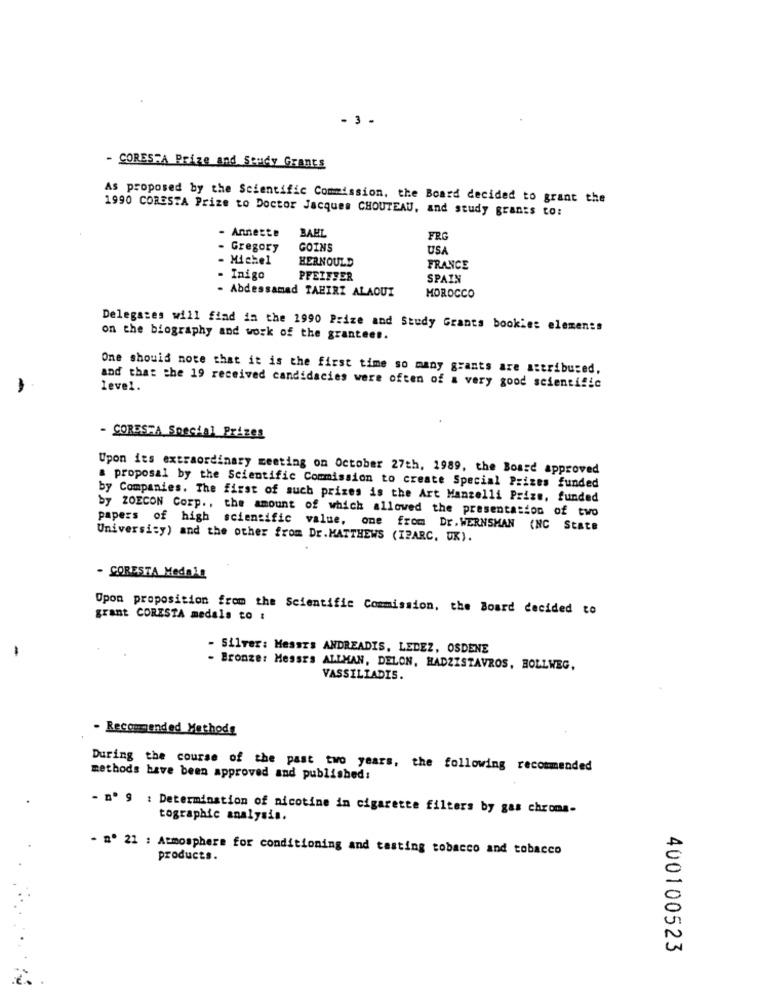
- 3 .
- CORESRA Prize and Study Grants
As proposed by the Scientific Commission, the Board decided to grant the
1990 CORESTA Prize to Doctor Jacques CHOUTEAU, and study grants to:
- Anneste
BAHL
FRG
- Gregory
GOINS
USA
- Michel
HERNOULD
FRANCE
- Inigo
PFEIFFER
SPAIN
Abdessamad TABIRI ALAOUI
MOROCCO
Delegates will find in the 1990 Prize and Study Grants bookies elements
on the biography and work of the grantees.
One should note that it is the first time so many grants are attributed,
level.
and that the 19 received candidacies were often of a very good scientific
- CORES"A Special Prizes
Upon its extraordinary meeting on October 27th, 1989, the Board approved
a proposal by the Scientific Commission to create Special Prizes funded
by Companies. The first of such prizes is the Art Manzelli Prize, funded
by ZOECON Corp ., the amount of which allowed the presentation of two
papers of high scientific value, one from Dr. WERNSMAN (NC State
University) and the other from Dr. MATTHEWS (IPARC. UK).
- CORESTA Medala
Opon proposition from the Scientific Commission, the Board decided to
grant CORISTA medals to :
-
- Silver: Messrs ANDREADIS, LEDEZ, OSDENE
- Bronze: Messrs ALIMAN, DELON, HADZISTAVROS, BOLLWEG,
VASSILIADIS.
- Recommended Methods
During the course of the past two years, the following recommended
methods have been approved and published:
- nº 9 : Determination of nicotine in cigarette filters by gas chroma-
tographic analysis.
- nº 21 : Atmosphere for conditioning and tasting tobacco and tobacco
products.
400100523